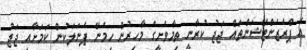
އެ ޕްރެޒެންޓޭޝަންތައް ޖަޖު ކުރާނީ ތިމާވެށީގެ މާހިރުން ހިމެނޭ ޕެނަލަކުން ކަމަށާއި ޖަޖު